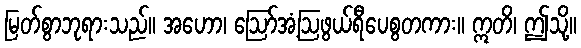
မြတ်စွာဘုရားသည်။ အဟော၊ ဩော်အံ့ဩဖွယ်ရီပေစွတကား။ ဣတိ၊ ဤသို့။